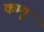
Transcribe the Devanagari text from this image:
कम्पू